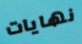
نهايات